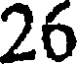
26